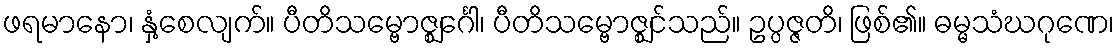
ဖရမာနော၊ နှံ့စေလျက်။ ပီတိသမ္ဗောဇ္ဈင်္ဂေါ၊ ပီတိသမ္ဗောဇ္ဈင်သည်။ ဥပ္ပဇ္ဇတိ၊ ဖြစ်၏။ ဓမ္မသံဃဂုဏေ၊